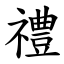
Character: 禮